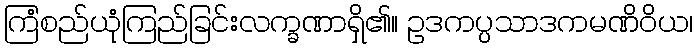
ကြံစည်ယုံကြည်ခြင်းလက္ခဏာရှိ၏။ ဥဒကပ္ပသာဒကမဏိဝိယ၊